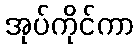
အုပ်ကိုင်ကာ